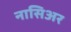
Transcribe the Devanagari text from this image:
नासिअर